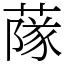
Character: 䔹